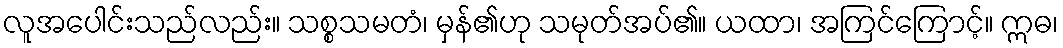
လူအပေါင်းသည်လည်း။ သစ္စသမတံ၊ မှန်၏ဟု သမုတ်အပ်၏။ ယထာ၊ အကြင်ကြောင့်။ ဣဓ၊